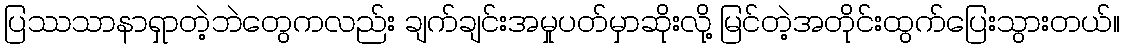
ပြဿသာနာရှာတဲ့ဘဲတွေကလည်း ချက်ချင်းအမှုပတ်မှာဆိုးလို့ မြင်တဲ့အတိုင်းထွက်ပြေးသွားတယ်။